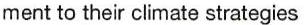
ment to their climate strategies